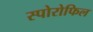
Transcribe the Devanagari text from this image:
स्पोरोफिल